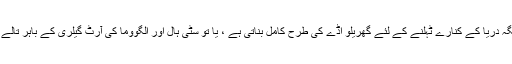
بورڈ واک میں اس کی جگہ دریا کے کنارے ٹہلنے کے لئے گھریلو اڈے کی طرح کامل بناتی ہے ، یا تو سٹی ہال اور الگووما کی آرٹ گیلری کے باہر تالے یا پارک کے راستے پر۔